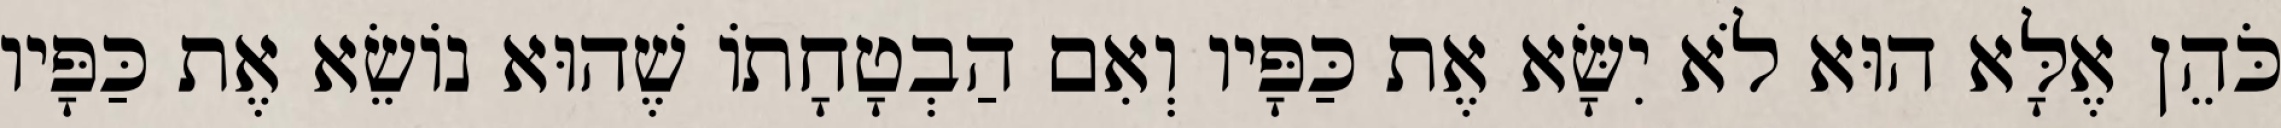
כֹּהֵן אֶלָּא הוּא לֹא יִשָּׂא אֶת כַּפָּיו וְאִם הַבְטָחָתוֹ שֶׁהוּא נוֹשֵׂא אֶת כַּפָּיו